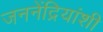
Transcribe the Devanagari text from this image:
जननेंद्रियांशी